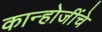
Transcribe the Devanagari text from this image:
कान्होजींचे